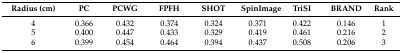
<table><thead><tr><td><b>Radius (cm)</b></td><td><b>PC</b></td><td><b>PCWG</b></td><td><b>FPFH</b></td><td><b>SHOT</b></td><td><b>SpinImage</b></td><td><b>TriSI</b></td><td><b>BRAND</b></td><td><b>Rank</b></td></tr></thead><tbody><tr><td>4</td><td>0.366</td><td>0.432</td><td>0.374</td><td>0.324</td><td>0.371</td><td>0.422</td><td>0.146</td><td>1</td></tr><tr><td>5</td><td>0.400</td><td>0.447</td><td>0.433</td><td>0.329</td><td>0.419</td><td>0.461</td><td>0.216</td><td>2</td></tr><tr><td>6</td><td>0.399</td><td>0.454</td><td>0.464</td><td>0.394</td><td>0.437</td><td>0.508</td><td>0.206</td><td>3</td></tr></tbody></table>